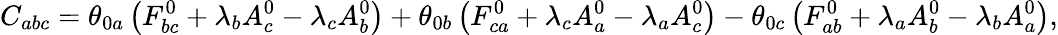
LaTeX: C_{abc}=\theta_{0a}\left(F_{bc}^{0}+\lambda_{b}A_{c}^{0}-\lambda_{c}A_{b}^{0}\right)+\theta_{0b}\left(F_{ca}^{0}+\lambda_{c}A_{a}^{0}-\lambda_{a}A_{c}^{0}\right)-\theta_{0c}\left(F_{ab}^{0}+\lambda_{a}A_{b}^{0}-\lambda_{b}A_{a}^{0}\right),